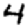
Digit: 4